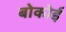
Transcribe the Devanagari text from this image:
बोकोई